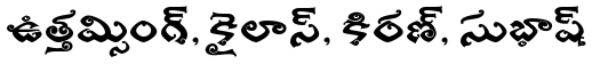
ఉత్తమ్సింగ్, కైలాస్, కిరణ్, సుభాష్